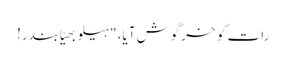
رات کو خرگوش آیا، "ہیلو بھیّا بندر!